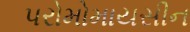
પરોમોમાયસીન